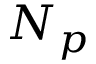
N _ { p }